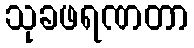
သုခဖရဏတာ